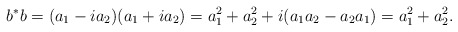
\begin{align*} b^*b=(a_1-i a_2)(a_1+i a_2)=a_1^2+a_2^2 +i(a_1a_2-a_2a_1) =a_1^2+a_2^2.\end{align*}